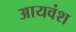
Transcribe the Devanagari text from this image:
आयवंश